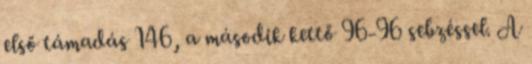
első támadás 146, a második kettő 96-96 sebzéssel. A